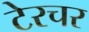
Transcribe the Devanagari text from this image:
टेरचर